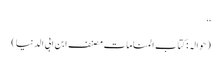
‘‘
(حوالہ :کتاب المناما ت مصنف ابن ابی الدنیا)